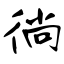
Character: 徜